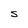
Character: S